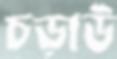
চড়াউ